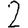
Digit: 2